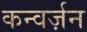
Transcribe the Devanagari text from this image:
कन्वर्ज़न